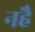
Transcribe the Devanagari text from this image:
नहै